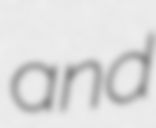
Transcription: and